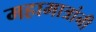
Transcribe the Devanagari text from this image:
महामात्रांनी